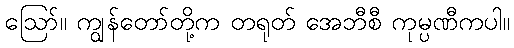
ဪ။ ကျွန်တော်တို့က တရုတ် အေဘီစီ ကုမ္ပဏီကပါ။